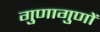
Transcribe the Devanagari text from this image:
गुणागुणों